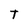
Character: T